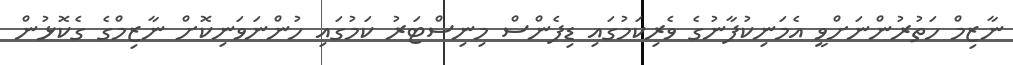
ނާޒިމް ހަތުރުންނަށްވީ އެމަނިކުފާނުގެ ވެރިކަމުގައި ޑިފެންސް މިނިސްޓަރު ކަމުގައި ހުންނަވަނިކޮށް ނާޒިމްގެ ގެކޮޅުން